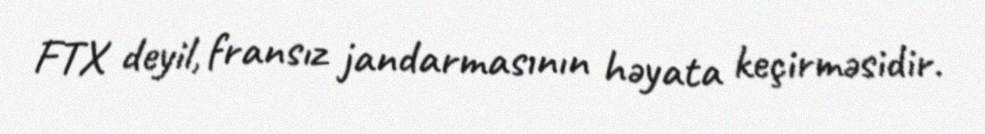
FTX deyil, fransız jandarmasının həyata keçirməsidir.